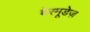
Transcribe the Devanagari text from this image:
बेरमूडेज़